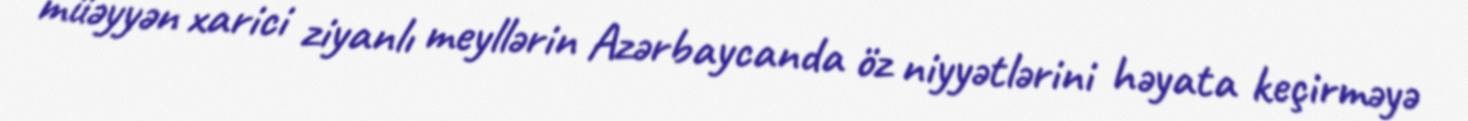
müəyyən xarici ziyanlı meyllərin Azərbaycanda öz niyyətlərini həyata keçirməyə